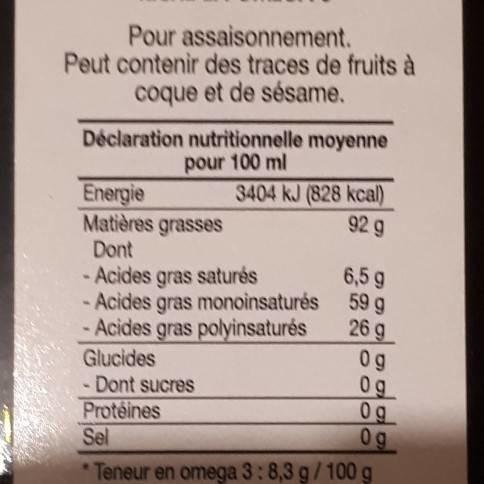
Pour assaisonnement. Peut contenir des traces de fruits à coque et de sésame.
Déclaration nutritionnelle moyenne pour 100 ml
Energie
Matières grasses
Dont
3404 kJ (828 kcal) 92 g
- Acides gras saturés
- Acides gras monoinsaturés
- Acides gras polyinsaturés
Glucides
0g
- Dont sucres
0g
Protéines
0g
Sel
0g
*Teneur en omega 3:8,3 g/100 g
6,5 g
59 g
26 g